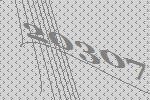
20307